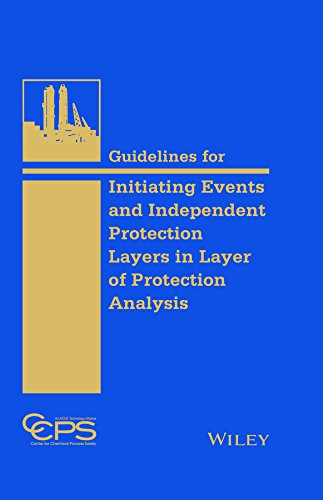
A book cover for Guidelines for Initiating Events and Independent Protection Layers in Layer of Protection Analysis; CCPS (Center for Chemical Process Safety); Science & Math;